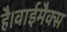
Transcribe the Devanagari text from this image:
है।वाईमैक्स